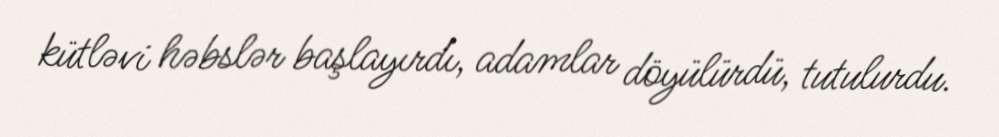
kütləvi həbslər başlayırdı, adamlar döyülürdü, tutulurdu.